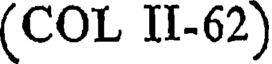
(COL II-62)